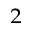
^ { 2 }